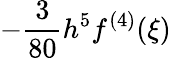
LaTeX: -{\frac{3}{80}}h^{5}f^{(4)}(\xi)